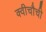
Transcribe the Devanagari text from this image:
क्वीचौची